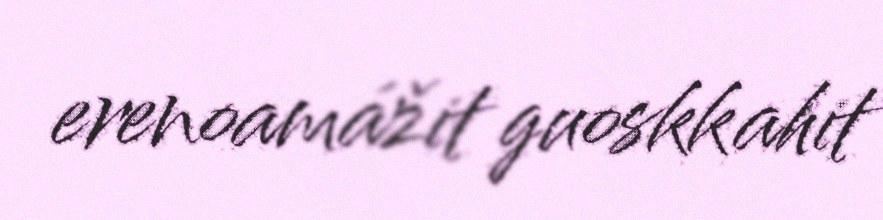
erenoamážit guoskkahit